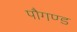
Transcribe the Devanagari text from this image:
पौगण्ड